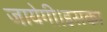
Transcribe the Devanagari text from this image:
जायेगी।इसका